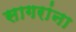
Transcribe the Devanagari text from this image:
सागरांना